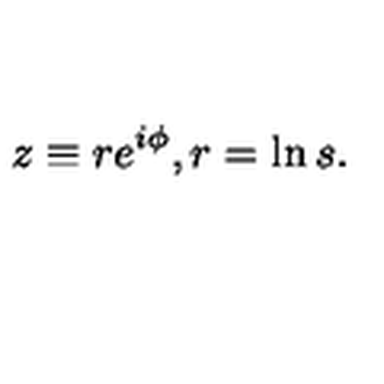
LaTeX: z \equiv r e ^ { i \phi } , r = \ln s .